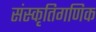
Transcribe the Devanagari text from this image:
संस्कृतिगणिक